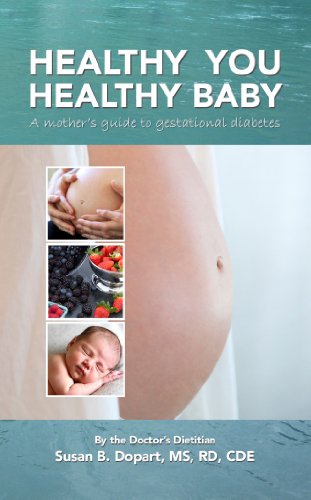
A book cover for Healthy You, Healthy Baby: A Mother's Guide to Gestational Diabetes by the Doctor's Dietitian; Susan B. Dopart; Health, Fitness & Dieting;